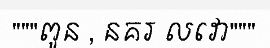
"""ពូន , នគរ លវោ"""